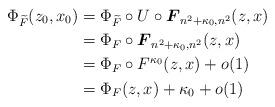
LaTeX: \begin{align*}\Phi_{\widetilde{F}}(z_0,x_0) &= \Phi_{\widetilde{F}} \circ U\circ\boldsymbol{F}_{n^2+\kappa_0, n^2}(z,x)\\ &= \Phi_F \circ \boldsymbol{F}_{n^2+\kappa_0, n^2} (z,x) \\ &= \Phi_F \circ F^{\kappa_0} (z,x) +o(1)\\ &= \Phi_F(z,x) + \kappa_0 +o(1)\end{align*}